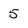
Character: 5